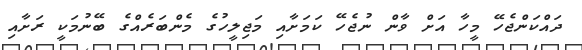
ދައްކަންޖެހޭ މީހާ އަށް ވާން ނުޖެހޭ ކަމަށާއި މަޖިލީހުގެ މެންބަރެއްގެ ބޭނުމަކީ ރަށާއި